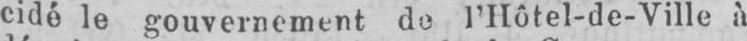
cidé le gouvernement do l’Hôtel-de-Ville à